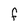
Character: f